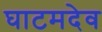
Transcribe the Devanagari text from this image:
घाटमदेव